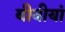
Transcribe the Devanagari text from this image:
बीवीयां